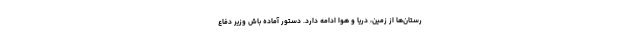
رستان‌ها از زمین، دریا و هوا ادامه دارد. دستور آماده باش وزیر دفاع